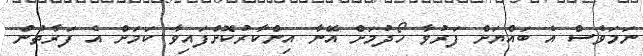
ނަމަވެސް އެ ބައްޔަށް ފަރުވާ ހޯދުމަށް އޭނާ އިންކާރުކޮށްފައިވާ ކަމަށް އެ ފަރާތުން